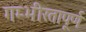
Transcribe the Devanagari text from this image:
गम्भीरतापूर्ण